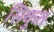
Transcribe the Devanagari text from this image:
सिकुत